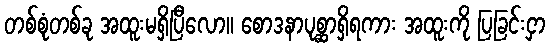
တစ်စုံတစ်ခု အထူးမရှိပြီလော။ စောဒနာပုစ္ဆာရှိရကား အထူးကို ပြခြင်းငှာ